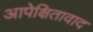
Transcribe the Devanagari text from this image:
आपेक्षितावाद